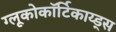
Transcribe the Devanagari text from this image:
ग्लूकोकॉर्टिकाय्ड्स